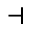
\dashv